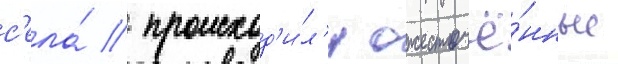
с'ела́ / происход'и́л'и ожесточё́нные